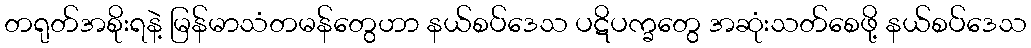
တရုတ်အစိုးရနဲ့ မြန်မာသံတမန်တွေဟာ နယ်စပ်ဒေသ ပဋိပက္ခတွေ အဆုံးသတ်စေဖို့ နယ်စပ်ဒေသ